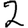
Digit: 2